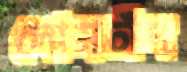
সোমচাঁদ